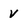
Character: V